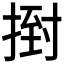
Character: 𢰙